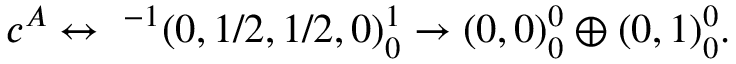
c ^ { A } \leftrightarrow \ ^ { - 1 } ( 0 , 1 / 2 , 1 / 2 , 0 ) _ { 0 } ^ { 1 } \rightarrow ( 0 , 0 ) _ { 0 } ^ { 0 } \oplus ( 0 , 1 ) _ { 0 } ^ { 0 } .